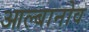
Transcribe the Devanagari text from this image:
आल्बानोव